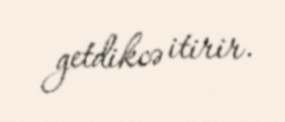
getdikcə itirir.